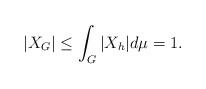
LaTeX: \begin{align*}|X_G|\le {\int_G|X_h|d\mu}=1.\end{align*}